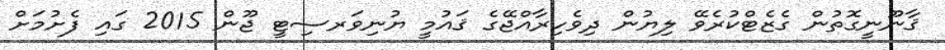
ޤާނޫނީގޮތުން ގެޒެޓްކުރެވޭ ލިޔުން ދިވެހިރާއްޖޭގެ ޤައުމީ ޔުނިވަރސިޓީ ޖޫން 2015 ގައި ފެށުމަށް